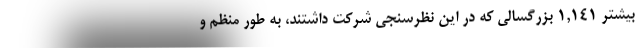
بیشتر 1,141 بزرگسالی که در این نظرسنجی شرکت داشتند، به طور منظم و